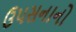
ઉ૫સનાનો